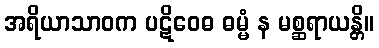
အရိယာသာဝက ပဋိဝေဓ ဓမ္မံ န မစ္ဆရာယန္တိ။